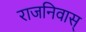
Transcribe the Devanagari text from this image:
राजनिवास्